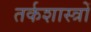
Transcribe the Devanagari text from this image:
तर्कशास्त्रों